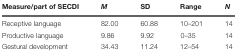
| Measure/part of SECDI | M | SD | Range | N |
 | --- | --- | --- | --- | --- |
 | Receptive language | 82.00 | 60.88 | 10–201 | 14 |
 | Productive language | 9.86 | 9.92 | 0–35 | 14 |
 | Gestural development | 34.43 | 11.24 | 12–54 | 14 |